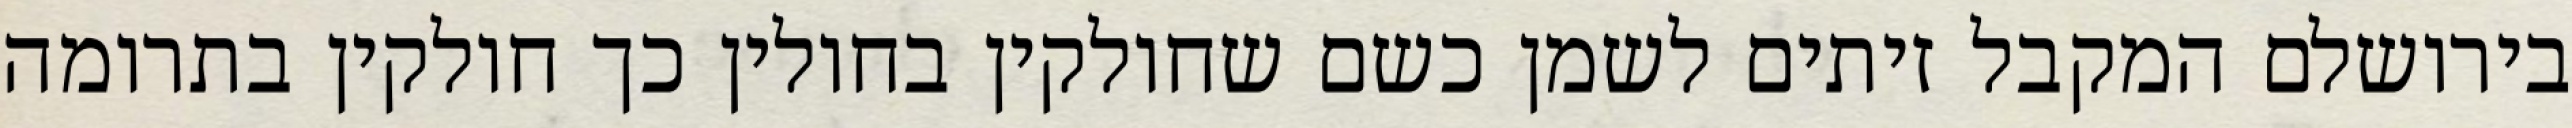
בירושלם המקבל זיתים לשמן כשם שחולקין בחולין כך חולקין בתרומה